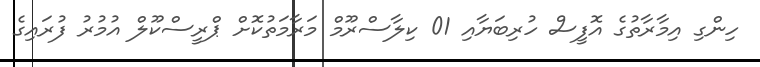
ހިންގި އިމާރާތުގެ އޮފީސް ހުރިބަޔާއި 01 ކިލާސްރޫމް މަރާމަތުކޮށް ޕްރީސްކޫލް އުމުރު ފުރައިގެ